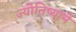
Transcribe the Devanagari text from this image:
ज्योतिष्याने